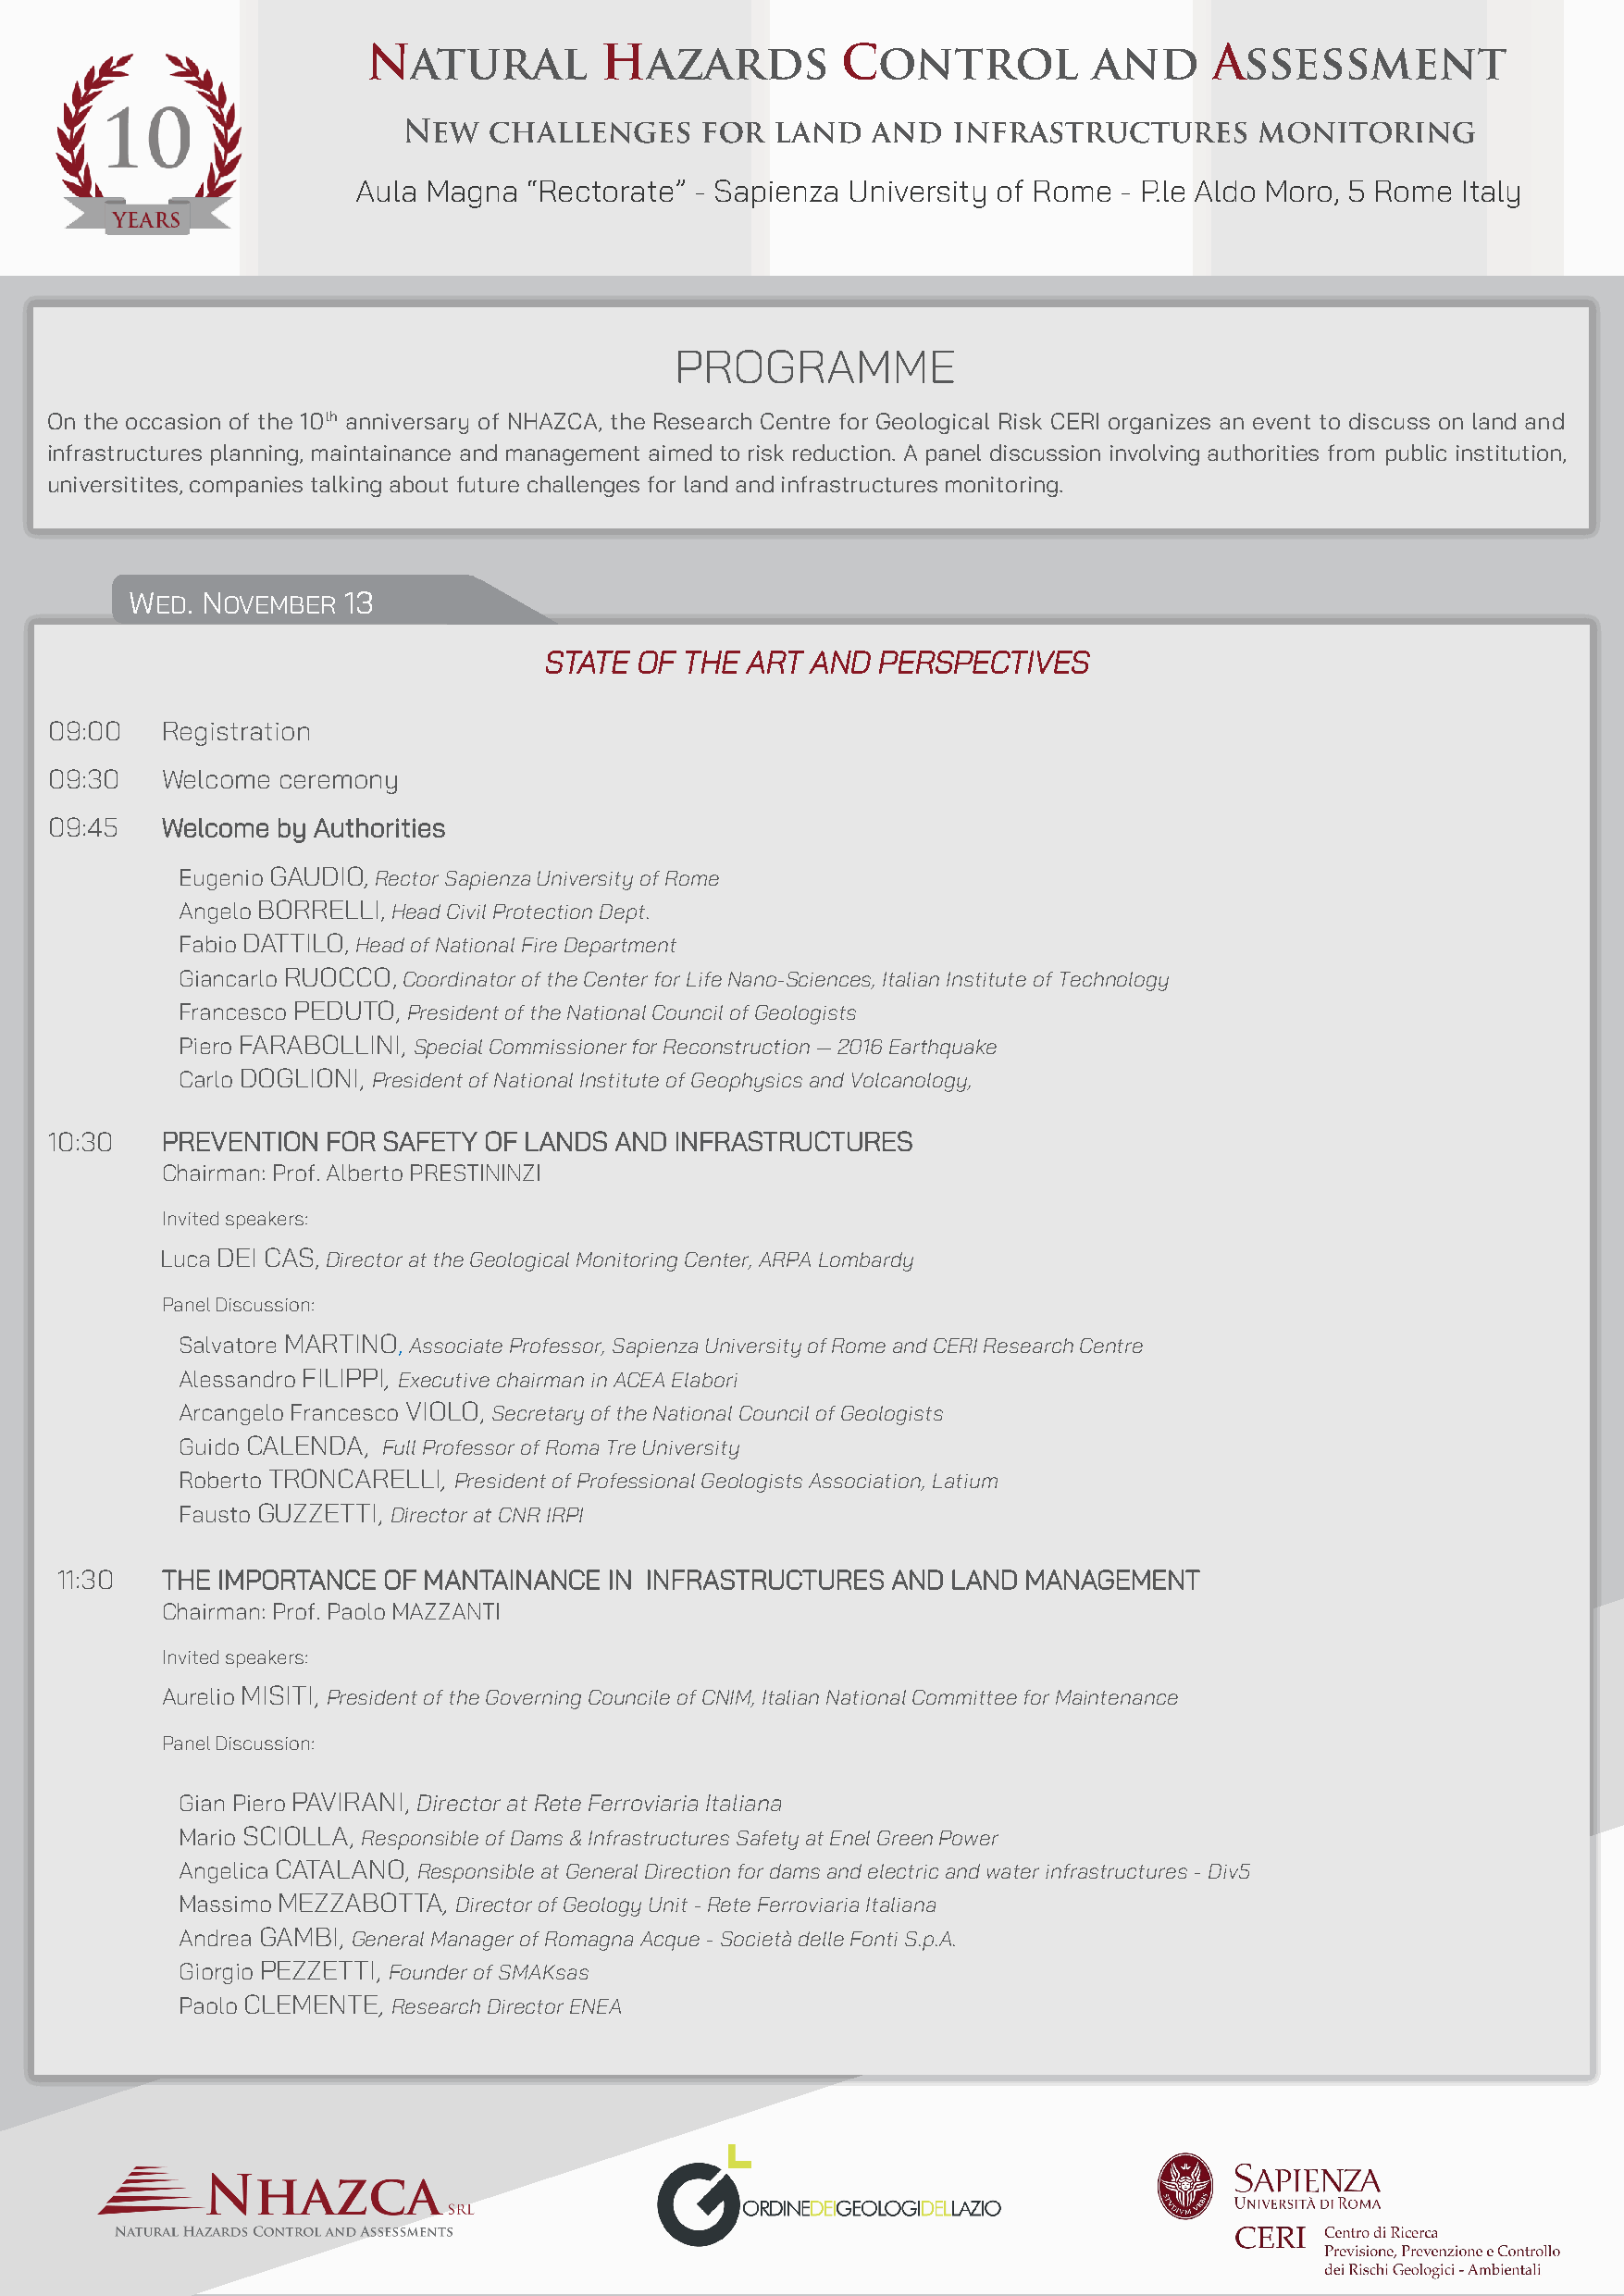
Aula Magna   “Rectorate” - Sapienza University of Rome - P.le Aldo Moro, 5 Rome Italy
 PROGRAMME
 On the occasion of the 10th anniversary of NHAZCA, the Research Centre for Geological Risk CERI organizes an event to discuss on land and
 infrastructures planning, maintainance and management aimed to risk reduction. A panel discussion involving authorities from public institution,
 universitites, companies talking about future challenges for land and infrastructures monitoring.
 WED. NOVEMBER   13
 STATE  OF THE ART  AND  PERSPECTIVES
 09:00    Registration
 09:30    Welcome ceremony
 09:45    Welcome by Authorities
 Eugenio GAUDIO, Rector Sapienza University of Rome
 Angelo BORRELLI, Head Civil Protection Dept.
 Fabio DATTILO, Head of National Fire Department
 Giancarlo RUOCCO, Coordinator of the Center for Life Nano-Sciences, Italian Institute of Technology
 Francesco PEDUTO, President of the National Council of Geologists
 Piero FARABOLLINI, Special Commissioner for Reconstruction — 2016 Earthquake
 Carlo DOGLIONI, President of National Institute of Geophysics and Volcanology,
 10:30    PREVENTION FOR SAFETY  OF LANDS AND INFRASTRUCTURES
 Chairman: Prof. Alberto PRESTININZI
 Invited speakers:
 Luca DEI CAS, Director at the Geological Monitoring Center, ARPA Lombardy
 Panel Discussion:
 Salvatore MARTINO, Associate Professor, Sapienza University of Rome and CERI Research Centre
 Alessandro FILIPPI, Executive chairman in ACEA Elabori
 Arcangelo Francesco VIOLO, Secretary of the National Council of Geologists
 Guido CALENDA, Full Professor of Roma Tre University
 Roberto TRONCARELLI, President of Professional Geologists Association, Latium
 Fausto GUZZETTI, Director at CNR IRPI
 11:30   THE IMPORTANCE OF MANTAINANCE  IN INFRASTRUCTURES   AND LAND MANAGEMENT
 Chairman: Prof. Paolo MAZZANTI
 Invited speakers:
 Aurelio MISITI, President of the Governing Councile of CNIM, Italian National Committee for Maintenance
 Panel Discussion:
 Gian Piero PAVIRANI, Director at Rete Ferroviaria Italiana
 Mario SCIOLLA, Responsible of Dams & Infrastructures Safety at Enel Green Power
 Angelica CATALANO, Responsible at General Direction for dams and electric and water infrastructures - Div5
 Massimo MEZZABOTTA, Director of Geology Unit - Rete Ferroviaria Italiana
 Andrea GAMBI, General Manager of Romagna Acque - Società delle Fonti S.p.A.
 Giorgio PEZZETTI, Founder of SMAKsas
 Paolo CLEMENTE, Research Director ENEA